Report of the Indian Hemp Drugs Commission, 1894-1895 - Volume VIII
Year: 1894
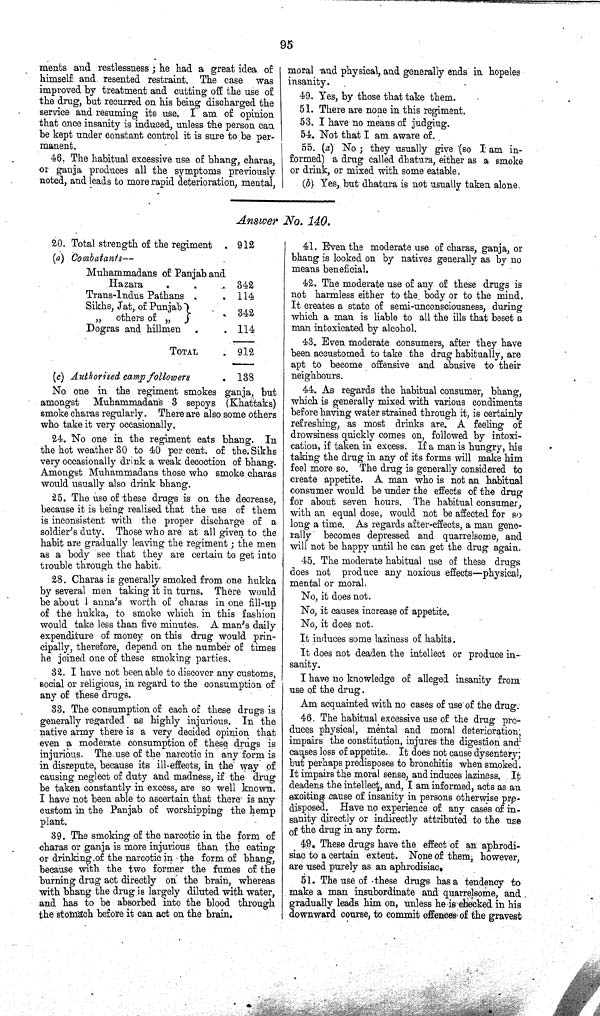
95
ments and restlessness; he had a great idea of
himself and resented restraint. The case was
improved by treatment and cutting off the use of
the drug, but recurred on his being discharged the
service and resuming its use. I am of opinion
that once insanity is induced, unless the person can
be kept under constant control it is sure to be per¬
manent.
46. The habitual excessive use of bhang, charas,
or ganja produces all the symptoms previously
noted, and leads to more rapid deterioration, mental,
moral and physical, and generally ends in hopeles
insanity.
49. Yes, by those that take them.
51. There are none in this regiment.
53. I have no means of judging.
54. Not that I am aware of.
55. (a) No; they usually give (so I am in¬
formed) a drug called dhatura, either as a smoke
or drink, or mixed with some eatable.
(b) Yes, but dhatura is not usually taken alone.
Answer No. 140.
20. Total strength of the regiment
912
(a) Combatants—
Muhammadans of Panjab and
Hazara
342
Trans-Indus Pathans
114
Sikhs, Jat, of Punjab
342
" others of "
Dogras and hillmen
114
TOTAL
912
(c) Authorised camp followers
138
No one in the regiment smokes ganja, but
amongst Muhammadans 3 sepoys (Khattaks)
smoke charas regularly. There are also some others
who take it very occasionally.
24. No one in the regiment eats bhang. In
the hot weather 30 to 40 per cent. of the Sikhs
very occasionally drink a weak decoction of bhang.
Amongst Muhammadans those who smoke charas
would usually also drink bhang.
25. The use of these drugs is on the decrease,
because it is being realised that the use of them
is inconsistent with the proper discharge of a
soldier's duty. Those who are at all given to the
habit are gradually leaving the regiment; the men
as a body see that they are certain to get into
trouble through the habit.
28. Charas is generally smoked from one hukka
by several men taking it in turns. There would
be about 1 anna's worth of charas in one fill-up
of the hukka, to smoke which in this fashion
would take less than five minutes. A man's daily
expenditure of money on this drug would prin¬
cipally, therefore, depend on the number of times
he joined one of these smoking parties.
32. I have not been able to discover any customs,
social or religious, in regard to the consumption of
any of these drugs.
33. The consumption of each of these drugs is
generally regarded as highly injurious. In the
native army there is a very decided opinion that
even a moderate consumption of these drugs is
injurious. The use of the narcotic in any form is
in disrepute, because its ill-effects, in the way of
causing neglect of duty and madness, if the drug
be taken constantly in excess, are so well known.
I have not been able to ascertain that there is any
custom in the Panjab of worshipping the hemp
plant.
39. The smoking of the narcotic in the form of
charas or ganja is more injurious than the eating
or drinking of the narcotic in the form of bhang,
because with the two former the fumes of the
burning drug act directly on the brain, whereas
with bhang the drug is largely diluted with water,
and has to be absorbed into the blood through
the stomach before it can act on the brain.
41. Even the moderate use of charas, ganja, or
bhang is looked on by natives generally as by no
means beneficial.
42. The moderate use of any of these drugs is
not harmless either to the body or to the mind.
It creates a state of semi-unconsciousness, during
which a man is liable to all the ills that beset a
man intoxicated by alcohol.
43. Even moderate consumers, after they have
been accustomed to take the drug habitually, are
apt to become offensive and abusive to their
neighbours.
44. As regards the habitual consumer, bhang,
which is generally mixed with various condiments
before having water strained through it, is certainly
refreshing, as most drinks are. A feeling of
drowsiness quickly comes on, followed by intoxi¬
cation, if taken in excess. If a man is hungry, his
taking the drug in any of its forms will make him
feel more so. The drug is generally considered to
create appetite. A man who is not an habitual
consumer would be under the effects of the drug
for about seven hours. The habitual consumer,
with an equal dose, would not be affected for so
long a time. As regards after-effects, a man gene¬
rally becomes depressed and quarrelsome, and
will not be happy until he can get the drug again.
45. The moderate habitual use of these drugs
does not produce any noxious effects—physical,
mental or moral.
No, it does not.
No, it causes increase of appetite.
No, it does not.
It induces some laziness of habits.
It does not deaden the intellect or produce in¬
sanity.
I have no knowledge of alleged insanity from
use of the drug.
Am acquainted with no cases of use of the drug.
46. The habitual excessive use of the drug pro¬
duces physical, mental and moral deterioration,
impairs the constitution, injures the digestion and
causes loss of appetite. It does not cause dysentery;
but perhaps predisposes to bronchitis when smoked.
It impairs the moral sense, and induces laziness. It
deadens the intellect, and, I am informed, acts as an
exciting cause of insanity in persons otherwise pre-
disposed. Have no experience of any cases of in-
sanity directly or indirectly attributed to the use
of the drug in any form.
49. These drugs have the effect of an aphrodi¬
siac to a certain extent. None of them, however,
are used purely as an aphrodisiac.
51. The use of these drugs has a tendency to
make a man insubordinate and quarrelsome, and
gradually leads him on, unless he is checked in his
downward course, to commit offences of the gravest